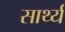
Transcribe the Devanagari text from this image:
सार्थ्य